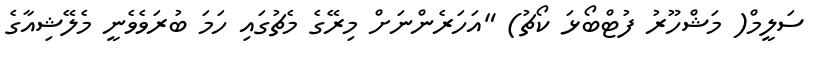
ސަލީމް( މަޝްހޫރު ފުޓްބޯޅަ ކޯޗު) "އަހަރެންނަށް މިރޭގެ މެޗުގައި ހަމަ ބުރަވެވެނީ މެލޭޝިއާގެ